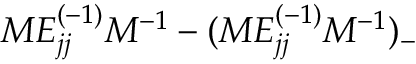
M E _ { j j } ^ { ( - 1 ) } M ^ { - 1 } - ( M E _ { j j } ^ { ( - 1 ) } M ^ { - 1 } ) _ { - }